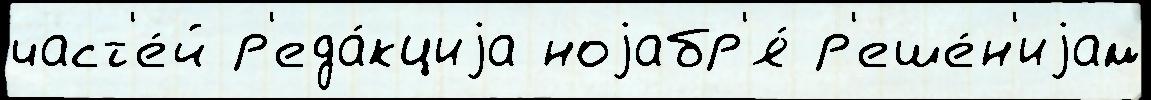
част'е́й р'еда́кциjа ноjабр'я́ р'еше́н'иjам